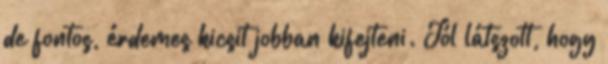
de fontos, érdemes kicsit jobban kifejteni. Jól látszott, hogy